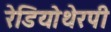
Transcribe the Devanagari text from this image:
रेडियोथेरपी